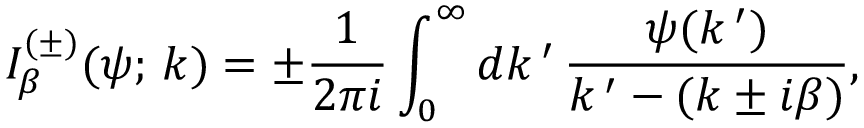
I _ { \beta } ^ { ( \pm ) } ( \psi ; \, k ) = \pm \frac { 1 } { 2 \pi i } \int _ { 0 } ^ { \infty } d k \, ^ { \prime } \, \frac { \psi ( k \, ^ { \prime } ) } { k \, ^ { \prime } - ( k \pm i \beta ) } ,